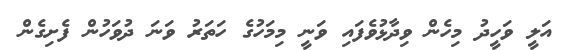
އަލީ ވަހީދު މިހެން ވިދާޅުވެފައި ވަނީ މިމަހުގެ ހަތަރު ވަނަ ދުވަހުން ފެށިގެން